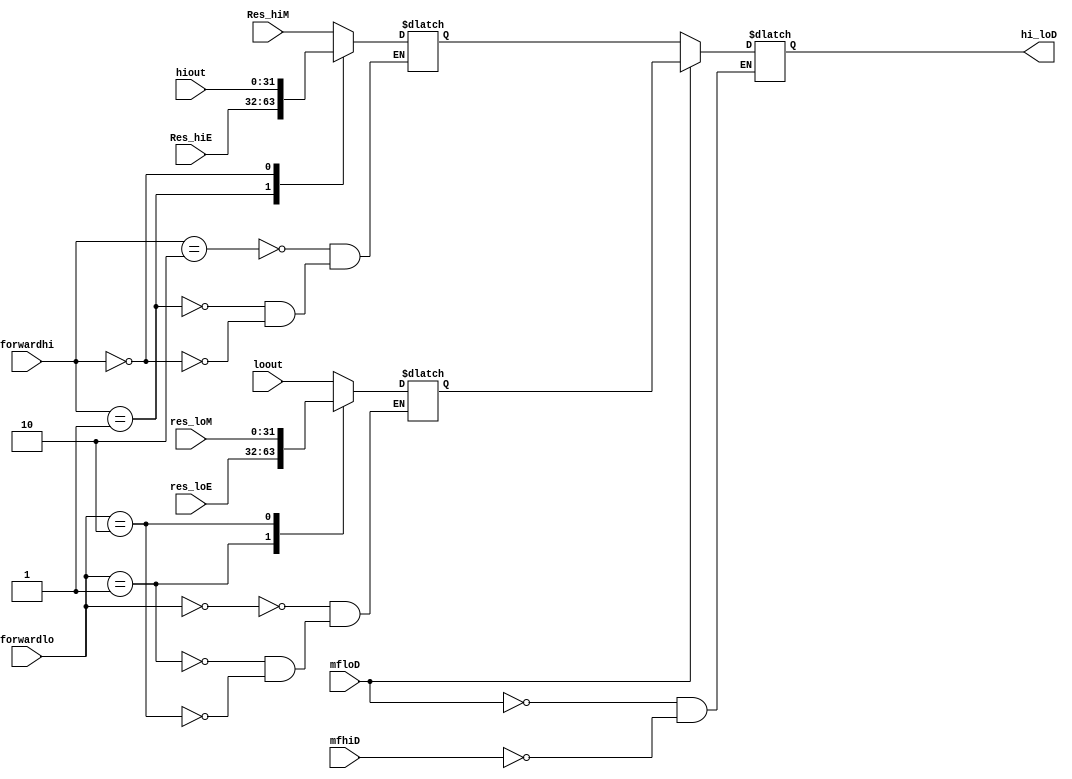
`timescale 1ns / 1ps

module muxHL_ID (
    input[31:0] Res_hiM,
    input[31:0] Res_hiE,
    input[31:0] hiout,
    input[1:0] forwardhi,
    input[1:0] forwardlo,
    input[31:0] loout,
    input[31:0] res_loE,
    input[31:0] res_loM,
    input mfhiD,
    input mfloD,
    output reg[31:0] hi_loD
);
    initial begin
        hi_loD = 0;
    end
    reg[31:0] hiD;
    reg[31:0] loD;
    always @(*) 
    begin
        case (forwardhi)
            2: hiD <= Res_hiM;
            1: hiD <= Res_hiE;
            0: hiD <= hiout;
        endcase

        case (forwardlo)
            0: loD <= loout;
            1: loD <= res_loE;
            2: loD <= res_loM;
        endcase    

        if(mfhiD)
            hi_loD <= hiD;
        if(mfloD)
            hi_loD <= loD;
    end
    initial begin
        hiD = 0;
        loD = 0;
    end
endmodule